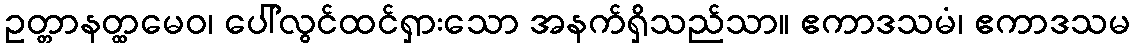
ဥတ္တာနတ္ထမေဝ၊ ပေါ်လွင်ထင်ရှားသော အနက်ရှိသည်သာ။ ဧကာဒသမံ၊ ဧကာဒသမ